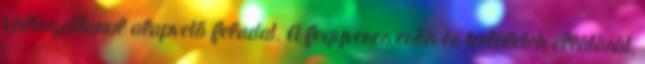
változatlanul alapvető feladat. A fegyveres erők és testületek ellátását,